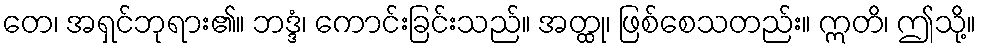
တေ၊ အရှင်ဘုရား၏။ ဘဒ္ဒံ၊ ကောင်းခြင်းသည်။ အတ္ထု၊ ဖြစ်စေသတည်း။ ဣတိ၊ ဤသို့။